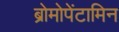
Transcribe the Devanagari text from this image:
ब्रोमोपेंटामिन